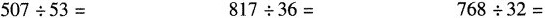
$$5 0 7 \div 5 3 =$$ $$8 1 7 \div 3 6 =$$ $$7 6 8 \div 3 2 =$$